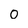
Character: o